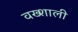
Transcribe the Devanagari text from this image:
वख्शाली